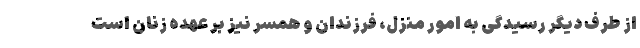
از طرف دیگر رسیدگی به امور منزل، فرزندان و همسر نیز بر عهده زنان است